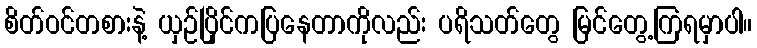
စိတ်ဝင်တစားနဲ့ ယှဉ်ပြိုင်ကပြနေတာကိုလည်း ပရိသတ်တွေ မြင်တွေ့ကြရမှာပါ။